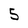
Character: 5